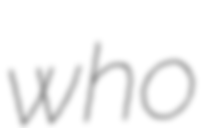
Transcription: who